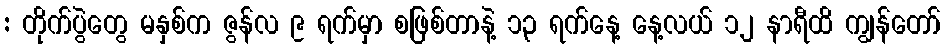
: တိုက်ပွဲတွေ မနှစ်က ဇွန်လ ၉ ရက်မှာ စဖြစ်တာနဲ့ ၁၃ ရက်နေ့ နေ့လယ် ၁၂ နာရီထိ ကျွန်တော်